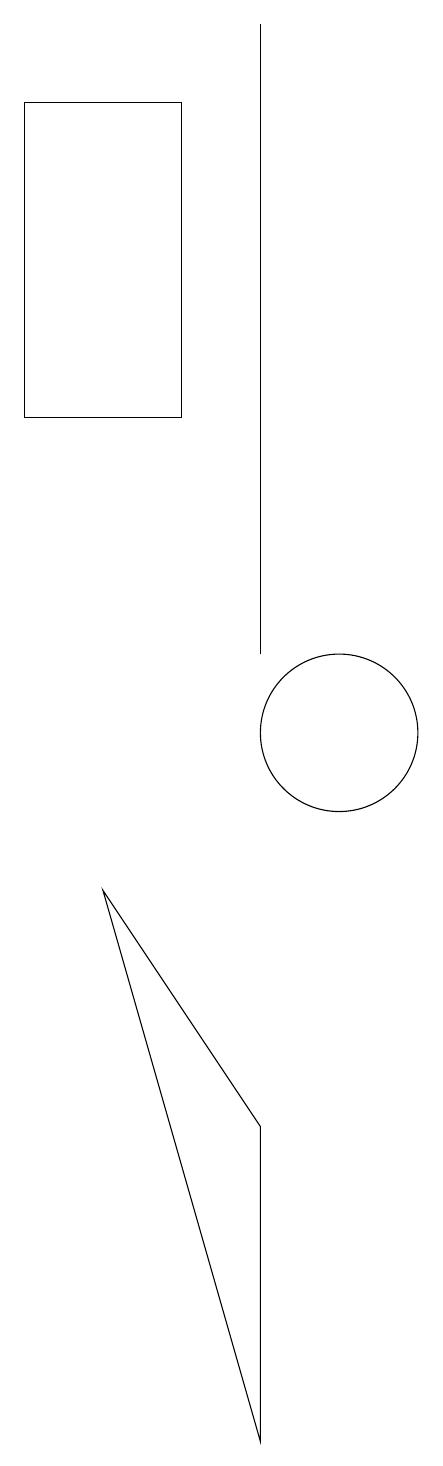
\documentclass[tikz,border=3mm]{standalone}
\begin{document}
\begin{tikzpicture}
\draw (9,19) rectangle (9,11);
\draw (10,10) circle (1);
\draw (7,8) -- (9,5) -- (9,1) -- cycle;
\draw (8,14) rectangle (6,18);
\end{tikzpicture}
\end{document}